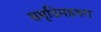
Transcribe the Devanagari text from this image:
समृदिमहतरा